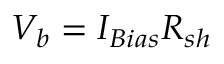
V _ { b } = I _ { B i a s } R _ { s h }